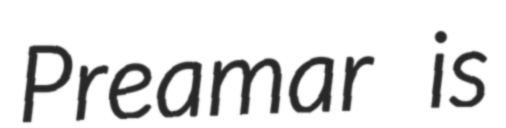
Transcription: Preamar is